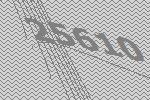
25610